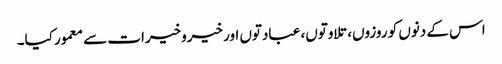
اس کے دنوں کو روزوں، تلاوتوں، عبادتوں اور خیروخیرات سے معمور کیا۔